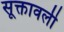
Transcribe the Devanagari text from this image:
सूक्तावली